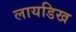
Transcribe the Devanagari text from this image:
लायडिख